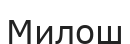
Милош